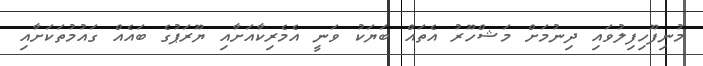
މުނިފޫހިފިލުވައި ދިނުމަށް މަޝްހޫރު އެތައް ބަޔަކު ވަނީ އެމެރިކާއަށާއި ޔޫރަޕުގެ ބައެއް ގައުމުތަކަށާއި